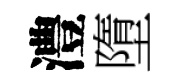
澧墮